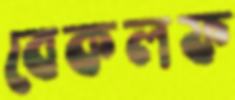
বেকলফ